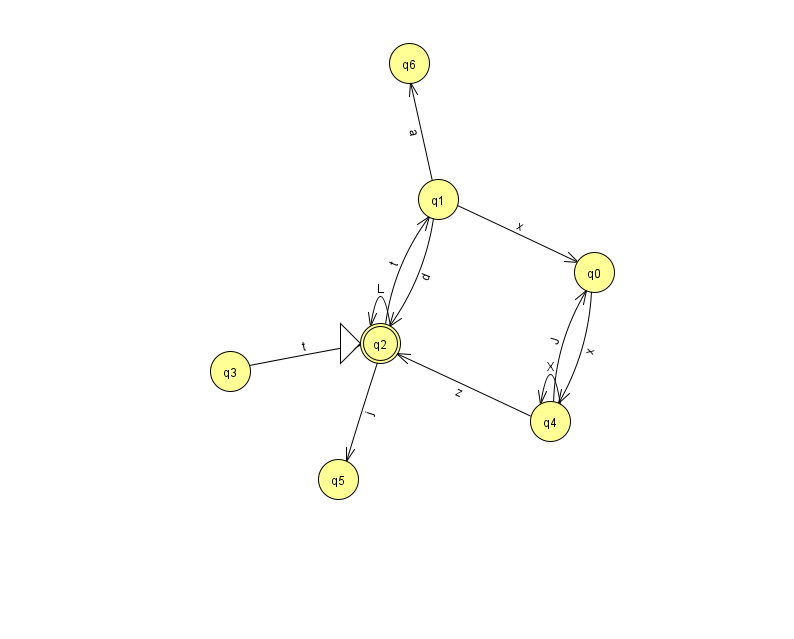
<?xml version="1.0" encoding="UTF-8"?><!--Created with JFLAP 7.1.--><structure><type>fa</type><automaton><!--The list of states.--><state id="0" name="q0"><x>594.0</x><y>259.0</y></state><state id="1" name="q1"><x>438.0</x><y>186.0</y></state><state id="2" name="q2"><x>380.0</x><y>330.0</y><initial/><final/></state><state id="3" name="q3"><x>230.0</x><y>358.0</y></state><state id="4" name="q4"><x>550.0</x><y>408.0</y></state><state id="5" name="q5"><x>338.0</x><y>466.0</y></state><state id="6" name="q6"><x>409.0</x><y>50.0</y></state><!--The list of transitions.--><transition><from>1</from><to>0</to><read>x</read></transition><transition><from>3</from><to>2</to><read>t</read></transition><transition><from>2</from><to>5</to><read>j</read></transition><transition><from>4</from><to>4</to><read>X</read></transition><transition><from>4</from><to>2</to><read>z</read></transition><transition><from>1</from><to>2</to><read>d</read></transition><transition><from>1</from><to>6</to><read>a</read></transition><transition><from>2</from><to>1</to><read>t</read></transition><transition><from>2</from><to>2</to><read>L</read></transition><transition><from>4</from><to>0</to><read>J</read></transition><transition><from>0</from><to>4</to><read>x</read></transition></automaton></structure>